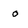
Character: o